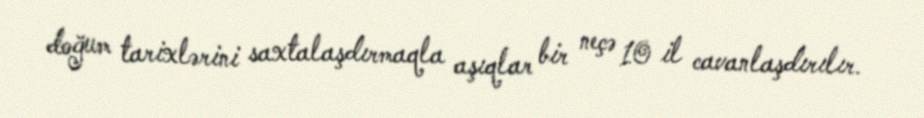
doğum tarixlərini saxtalaşdırmaqla aşıqlar bir neçə 10 il cavanlaşdırılır.